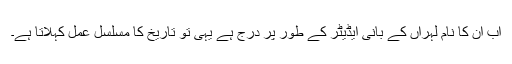
اب ان کا نام لہراں کے بانی ایڈیٹر کے طور پر درج ہے یہی تو تاریخ کا مسلسل عمل کہلاتا ہے۔